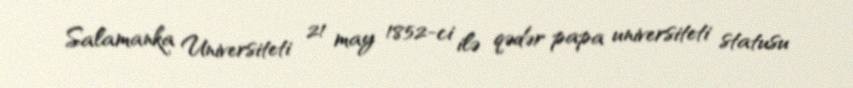
Salamanka Universiteti 21 may 1852-ci ilə qədər papa universiteti statusu